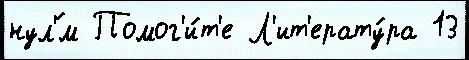
нул'́м Помог'и́т'е Л'ит'ерату́ра 13